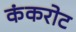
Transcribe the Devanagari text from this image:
कंकरोट